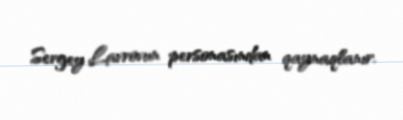
Sergey Lavrovun personasından qaynaqlanır.